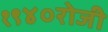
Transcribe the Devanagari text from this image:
१९४०रोजी